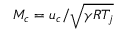
M _ { c } = u _ { c } / \sqrt { \gamma R T _ { j } }